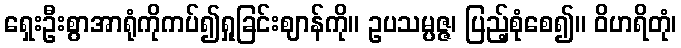
ရှေးဦးစွာအာရုံကိုကပ်၍ရှုခြင်းဈာန်ကို။ ဥပသမ္ပဇ္ဇ၊ ပြည့်စုံစေ၍။ ဝိဟရိတုံ၊